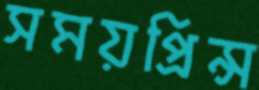
সময়প্রিন্স